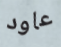
عاود